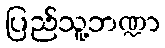
ပြည်သူ့ဘဏ္ဍာ